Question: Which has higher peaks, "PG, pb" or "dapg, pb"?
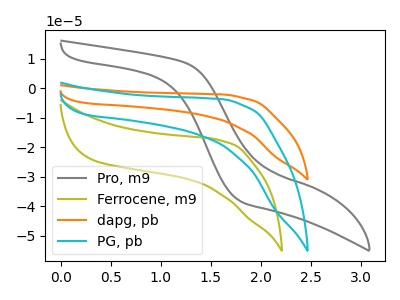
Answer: <think>The gray curve "Pro, m9" has no peaks. The olive curve "Ferrocene, m9" has no peaks. The orange curve "dapg, pb" has no peaks. The cyan curve "PG, pb" has no peaks.</think>
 <answer>Niether CV has any peaks.</answer>
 <eval>blanks</eval>